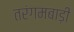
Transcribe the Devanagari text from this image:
तरंगमबाड़ी